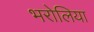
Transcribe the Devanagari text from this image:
भरोलिया